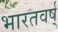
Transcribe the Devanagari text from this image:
भारतवर्ष्